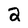
Character: 2